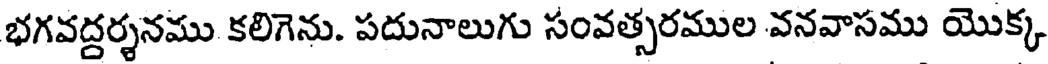
భగవద్దర్శనము కలిగెను. పదునాలుగు సంవత్సరముల వనవాసము యొక్క